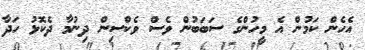
އެހެން ކަމުން އެ މީހުންގެ ސަބަބުން ވެސް ވެކްސިން ދިނުމާ ދެކޮޅު ހަދާ